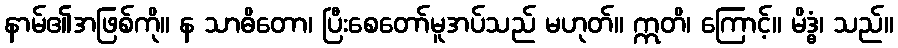
နာမ်၏အဖြစ်ကို။ န သာဓိတော၊ ပြီးစေတော်မူအပ်သည် မဟုတ်။ ဣတိ၊ ကြောင့်။ မိဒ္ဓံ၊ သည်။